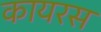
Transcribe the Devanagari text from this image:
कायरस